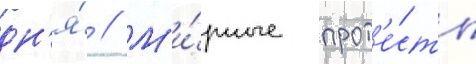
дн'я́ // М'и́рные прот'е́сты